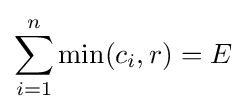
\sum _{i=1}^{n}\min(c_{i},r)=E